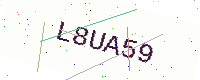
Text: L8UA59